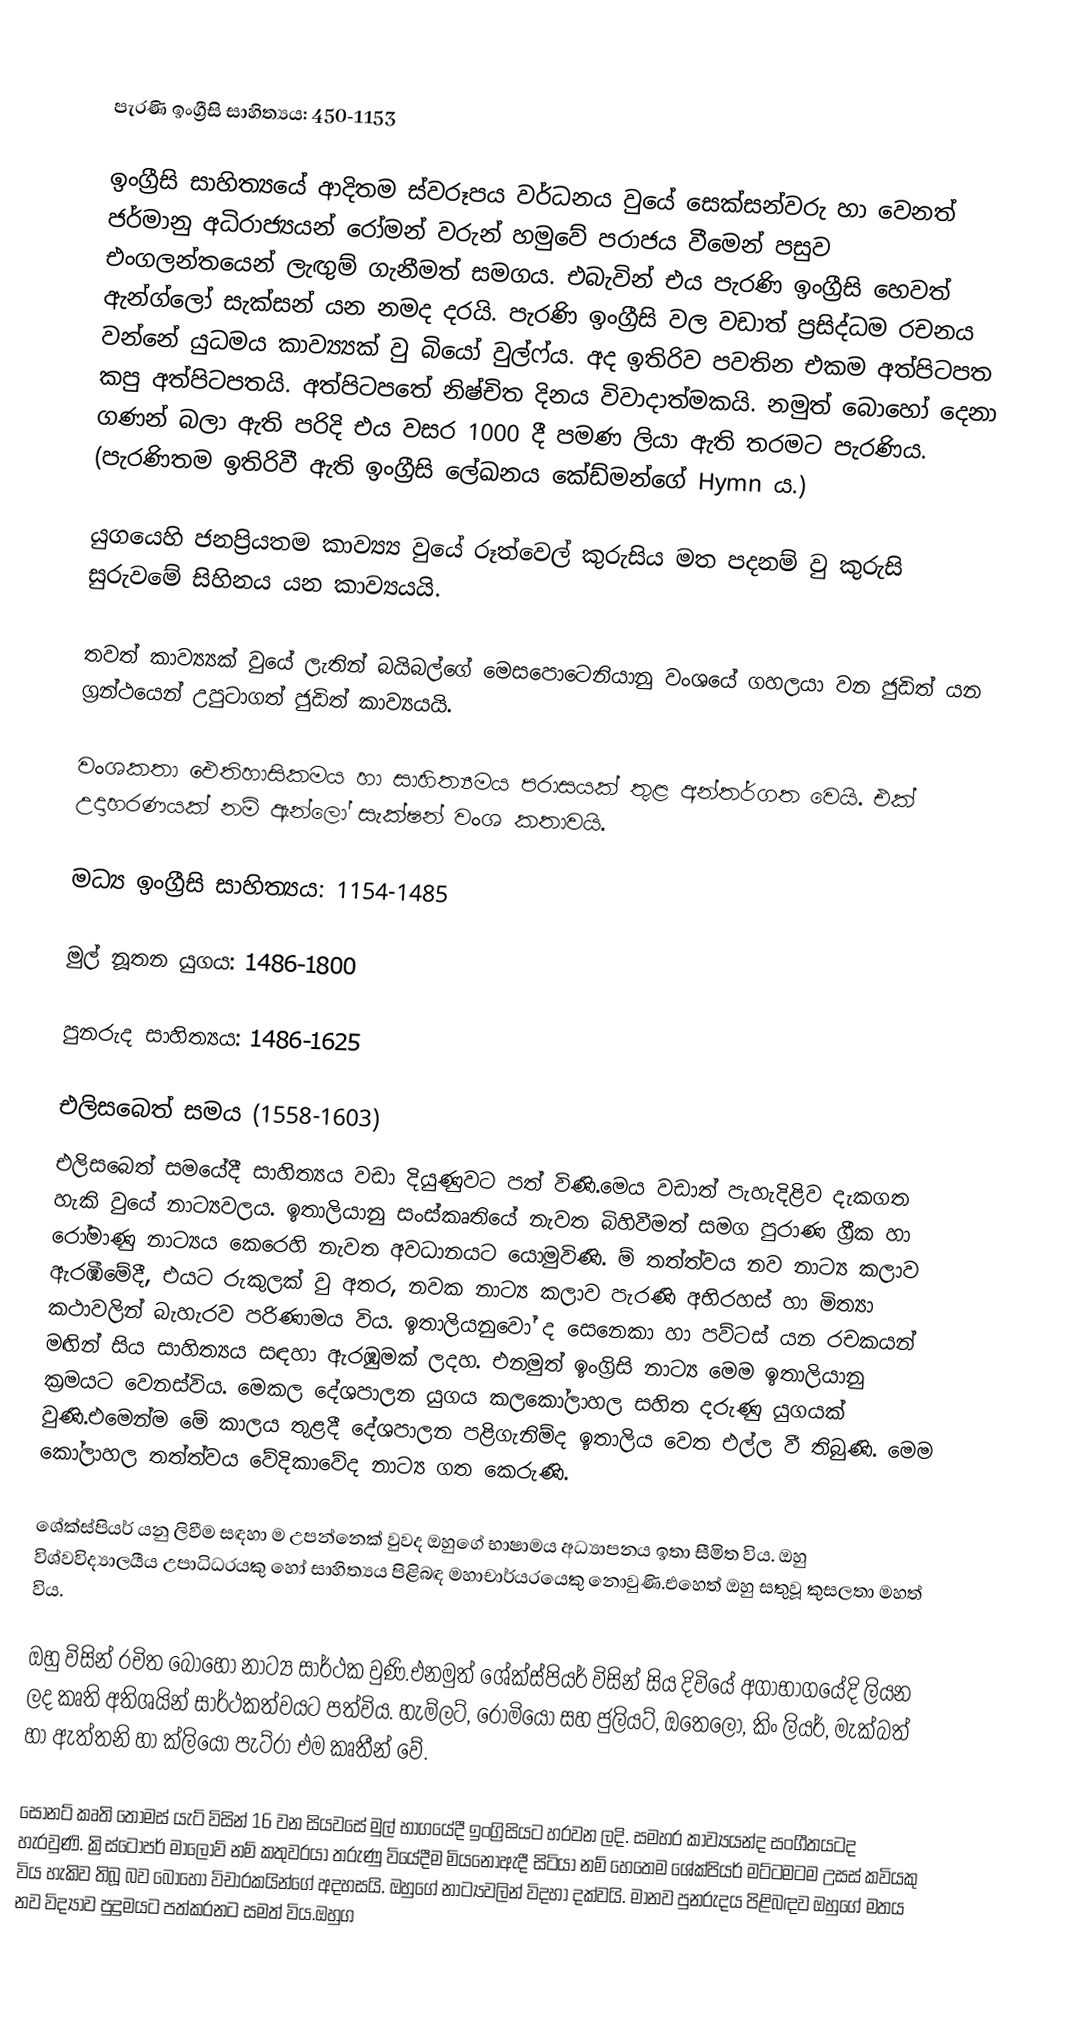

පැරණි ඉංග්‍රීසි සාහිත්‍යය: 450-1153

ඉංග්‍රීසි සාහිත්‍යයේ ආදිතම ස්වරූපය වර්ධනය වුයේ සෙක්සන්වරු හා වෙනත් ජර්මානු අධිරාජ්‍යයන් රෝමන් වරුන් හමුවේ පරාජය වීමෙන් පසුව එංගලන්තයෙන් ලැඟුම් ගැනීමත් සමගය. එබැවින් එය පැරණි ඉංග්‍රීසි හෙවත් ඇන්ග්ලෝ සැක්සන් යන නමද දරයි. පැරණි ඉංග්‍රීසි වල වඩාත් ප්‍රසිද්ධම රචනය වන්නේ යුධමය කාව්‍ය්‍යක් වු බියෝ වුල්ෆ්ය. අද ඉතිරිව පවතින එකම අත්පිටපත කපු අත්පිටපතයි. අත්පිටපතේ නිෂ්චිත දිනය විවාදාත්මකයි. නමුත් බොහෝ දෙනා ගණන් බලා ඇති පරිදි එය වසර 1000 දී පමණ ලියා ඇති තරමට පැරණිය. (පැරණිතම ඉතිරිවී ඇති ඉංග්‍රීසි ලේඛනය කේඩ්මන්ගේ Hymn ය.)

යුගයෙහි ජනප්‍රියතම කාව්‍ය්‍ය වුයේ රූත්වෙල් කුරුසිය මත පදනම් වු කුරුසි සුරුවමේ සිහිනය යන කාව්‍යයයි.

තවත් කාව්‍ය්‍යක් වුයේ ලැතින් බයිබල්ගේ මෙසපොටෙනියානු වංශයේ ගහලයා වන ජුඩිත් යන ග්‍රන්ථයෙන් උපුටාගත් ජුඩිත් කාව්‍යයයි.

වංශකතා ඓතිහාසිකමය හා සාහිත්‍යමය පරාසයක් තුළ අන්තර්ගත වෙයි. එක් උදාහරණයක් නම් ඇන්ලෝ සැක්ෂන් වංශ කතාවයි.

මධ්‍ය ඉංග්‍රීසි සාහිත්‍යය: 1154-1485

මුල් නූතන යුගය: 1486-1800

පුනරුද සාහිත්‍යය: 1486-1625

එලිසබෙත් සමය (1558-1603)
එලිසබෙත් සමයේදී සාහිත්‍යය වඩා දියුණුවට පත් විණි.මෙය වඩාත් පැහැදිළිව දැකගත හැකි වුයේ නාට්‍යවලය. ඉතාලියානු සංස්කෘතියේ නැවත බිහිවීමත් සමග පුරාණ ග්‍රීක හා රෝමාණු නාට්‍යය කෙරෙහි  නැවත අවධානයට යොමුවිණි. ම් තත්ත්වය නව නාට්‍ය කලාව ඇරඹීමේදී, එයට රුකුලක් වු අතර, නවක නාට්‍ය කලාව පැරණි අභිරහස් හා මිත්‍යා කථාවලින් බැහැරව පරිණාමය විය. ඉතාලියනුවෝ ද සෙනෙකා හා පව්ටස් යන රචකයන් මඟින් සිය සාහිත්‍යය සඳහා ඇරඹුමක් ලදහ. එනමුත් ඉංග්‍රිසි නාට්‍ය මෙම ඉතාලියානු ක්‍රමයට වෙනස්විය. මෙකල දේශපාලන යුගය  කලකෝලාහල සහිත දරුණු යුගයක් වුණි.එමෙන්ම  මේ කාලය තුළදී දේශපාලන පළිගැනිම්ද  ඉතාලිය වෙත එල්ල වී තිබුණි. මෙම කෝලාහල තත්ත්වය වේදිකාවේද නාට්‍ය ගත කෙරුණි.

ශේක්ස්පියර් යනු ලිවීම සඳහා ම උපන්නෙක් වුවද ඔහුගේ භාෂාමය අධ්‍යාපනය ඉතා සීමිත විය. ඔහු විශ්වවිද්‍යාලයීය උපාධිධරයකු හෝ සාහිත්‍යය පිළිබඳ මහාචාර්යරයෙකු නොවුණි.එහෙත් ඔහු සතුවූ කුසලතා මහත් විය.

ඔහු විසින් රචිත බොහෝ නාට්‍ය සාර්ථක වුණි.එනමුත් ශේක්ස්පියර් විසින් සිය දිවියේ අගාභාගයේදි ලියන ලද කෘති අතිශයින් සාර්ථකත්වයට පත්විය. හැම්ලට්, රෝමියෝ සහ ජුලියට්, ඔතෙලෝ, කිං ලියර්, මැක්බත් හා ඇත්තනි හා ක්ලියෝ පැට්රා එම කෘතීන් වේ.

‍සොනට් කෘති තෝමස් යැට් විසින් 16 වන සියවසේ මුල් භාගයේදී ඉංග්‍රිසියට හරවන ලදි. සමහර කාව්‍යයන්ද සංගීතයටද හැරවුණි. ක්‍රිස්ටෝපර් මාලෝව් නම් කතුවරයා තරුණු වියේදීම මියනොඇදී සිටියා නම් හෙ‍තෙම ශේක්පියර් මට්ටමටම උසස් කවියකු විය හැකිව තිබූ බව බොහෝ විචාරකයින්ගේ අදහසයි. ඔහුගේ නාට්‍යවලින් විදහා දක්වයි. මානව පුනරුදය පිළිබඳව ඔහුගේ මතය නව විද්‍යාව  පුදුමයට පත්කරනට සමත් විය.ඔහුග